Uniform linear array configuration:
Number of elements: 16
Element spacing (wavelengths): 0.75
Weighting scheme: binomial
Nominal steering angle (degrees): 45
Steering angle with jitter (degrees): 46.37
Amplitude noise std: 0.05
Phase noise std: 0.05

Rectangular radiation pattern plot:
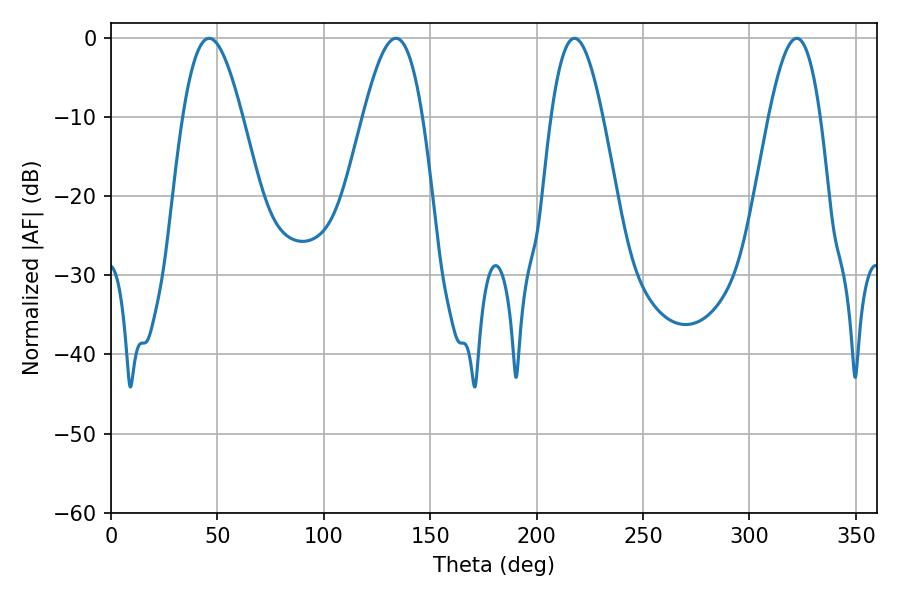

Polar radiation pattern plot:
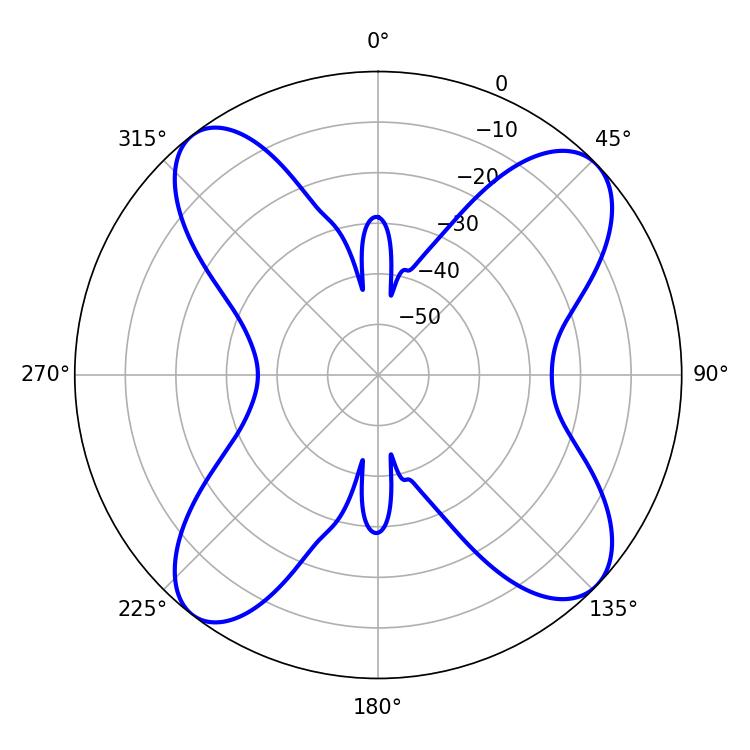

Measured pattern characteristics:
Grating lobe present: TRUE
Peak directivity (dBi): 12.536
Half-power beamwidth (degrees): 13.14
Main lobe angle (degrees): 217.8